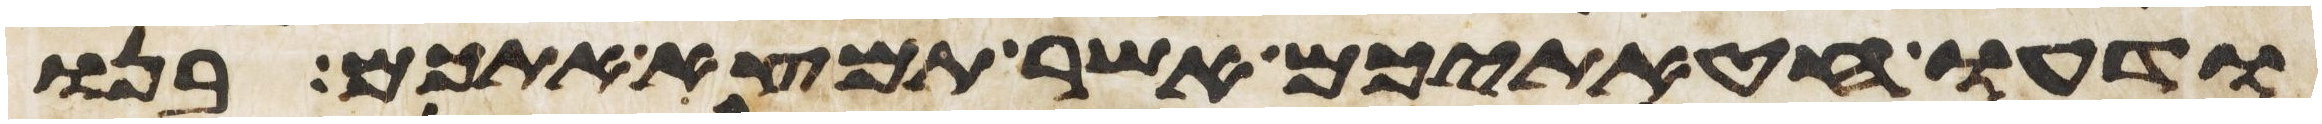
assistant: ודעו חטאתיכם אשר תמצא אתכם בנו